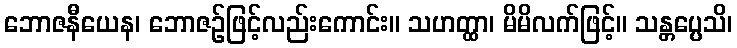
ဘောဇနီယေန၊ ဘောဇဉ်ဖြင့်လည်းကောင်း။ သဟတ္ထာ၊ မိမိလက်ဖြင့်။ သန္တပ္ပေသိ၊